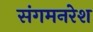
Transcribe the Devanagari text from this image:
संगमनरेश